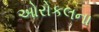
ઓરોકલના